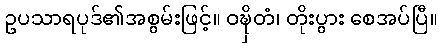
ဥပသာရပုဒ်၏အစွမ်းဖြင့်။ ဝဍ္ဎှိတံ၊ တိုးပွား စေအပ်ပြီ။